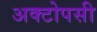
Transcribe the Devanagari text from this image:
अक्टोपसी